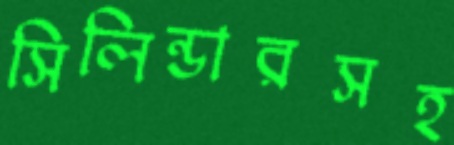
সিলিন্ডারসহ